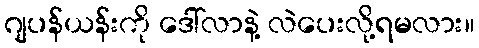
ဂျပန်ယန်းကို ဒေါ်လာနဲ့ လဲပေးလို့ရမလား။